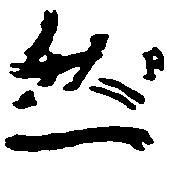
然